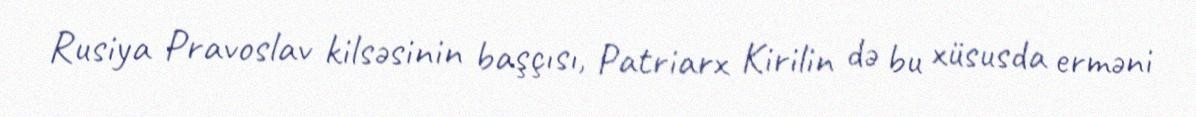
Rusiya Pravoslav kilsəsinin başçısı, Patriarx Kirilin də bu xüsusda erməni